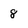
Character: 8